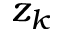
z _ { k }